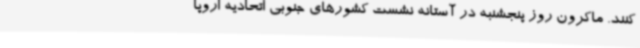
کنند. ماکرون روز پنجشنبه در آستانه نشست کشورهای جنوبی اتحادیه اروپا